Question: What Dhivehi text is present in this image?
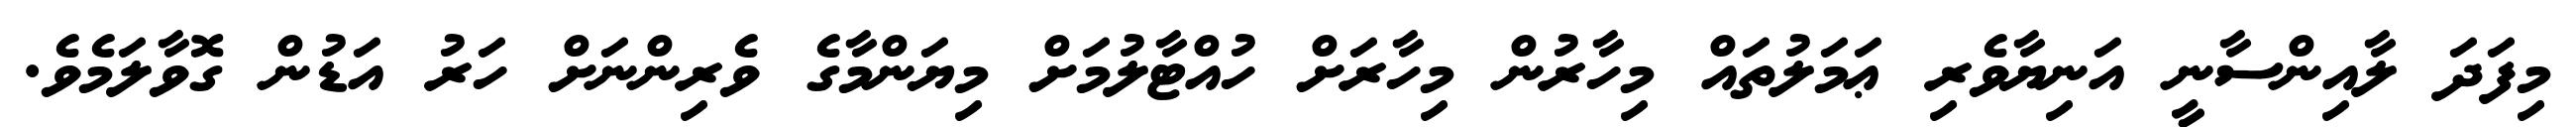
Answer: މިފަދަ ލާއިންސާނީ އަނިޔާވެރި ޢަމަލުތައް މިހާރުން މިހާރަށް ހުއްޓާލުމަށް މިޔަންމާގެ ވެރިންނަށް ހަރު އަޑުން ގޮވާލަމެވެ.